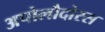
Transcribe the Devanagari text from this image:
अपोलौदोरस